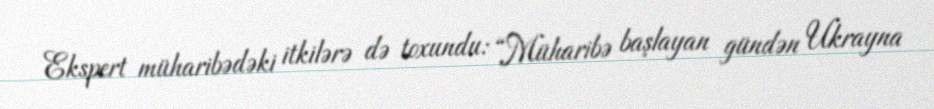
Ekspert müharibədəki itkilərə də toxundu: “Müharibə başlayan gündən Ukrayna